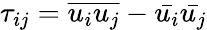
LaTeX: \tau_{ij}={\overline{{u_{i}u_{j}}}}-{\bar{u_{i}}}{\bar{u_{j}}}